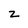
Character: z